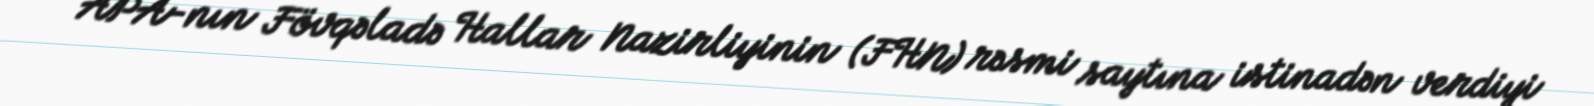
APA-nın Fövqəladə Hallar Nazirliyinin (FHN) rəsmi saytına istinadən verdiyi